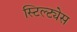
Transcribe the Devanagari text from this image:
स्टिल्ट्येस